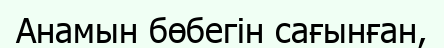
Анамын бөбегін сағынған,